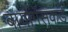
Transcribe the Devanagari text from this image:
बायोगॅसकडे